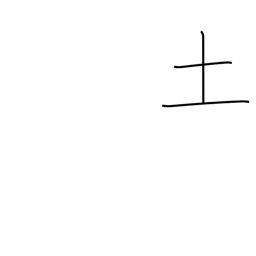
Meaning: soil